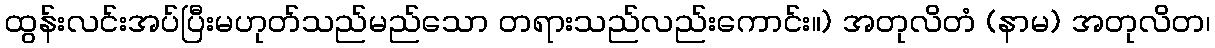
ထွန်းလင်းအပ်ပြီးမဟုတ်သည်မည်သော တရားသည်လည်းကောင်း။) အတုလိတံ (နာမ) အတုလိတ၊